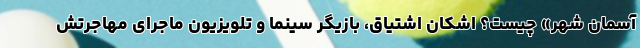
آسمان شهر» چیست؟ اشکان اشتیاق، بازیگر سینما و تلویزیون ماجرای مهاجرتش